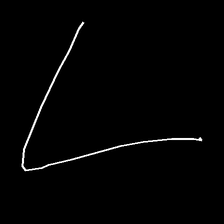
Glyph: region